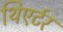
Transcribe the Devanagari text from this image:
थिएर्टर